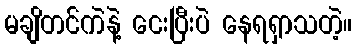
မချိတင်ကဲနဲ့ ငေးပြီးပဲ နေရရှာသတဲ့။